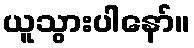
ယူသွားပါနော်။